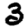
Digit: 3